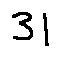
3 1